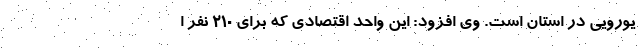
یورویی در استان است. وی افزود: این واحد اقتصادی که برای ۲۱۰ نفر ا